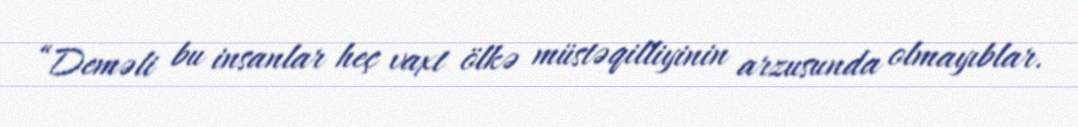
“Deməli bu insanlar heç vaxt ölkə müstəqilliyinin arzusunda olmayıblar.